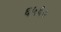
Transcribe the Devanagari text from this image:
६५६७